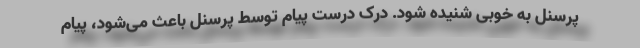
پرسنل به خوبی شنیده شود. درک درست پیام توسط پرسنل باعث می‌شود، پیام